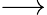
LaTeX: \longrightarrow